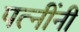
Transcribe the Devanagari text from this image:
पत्नींनी